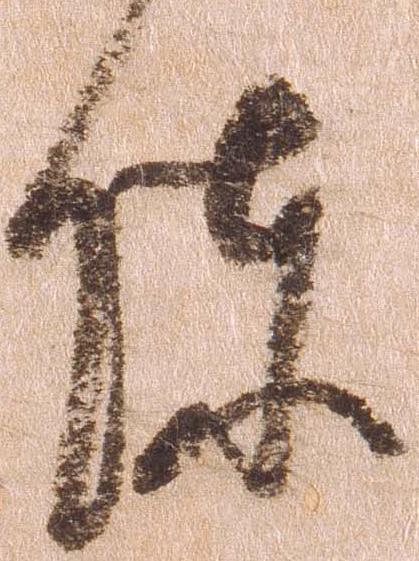
陣